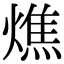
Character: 燋